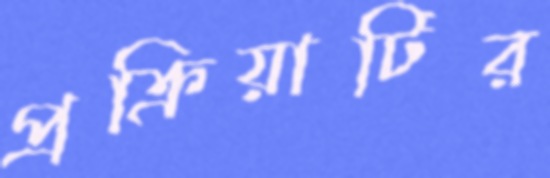
প্রক্রিয়াটির